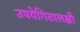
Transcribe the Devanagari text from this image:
उपयेगितालक्षी